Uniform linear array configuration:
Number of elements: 12
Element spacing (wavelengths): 0.75
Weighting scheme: hann
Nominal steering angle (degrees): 15
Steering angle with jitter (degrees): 14.699
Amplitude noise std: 0.05
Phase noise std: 0.05

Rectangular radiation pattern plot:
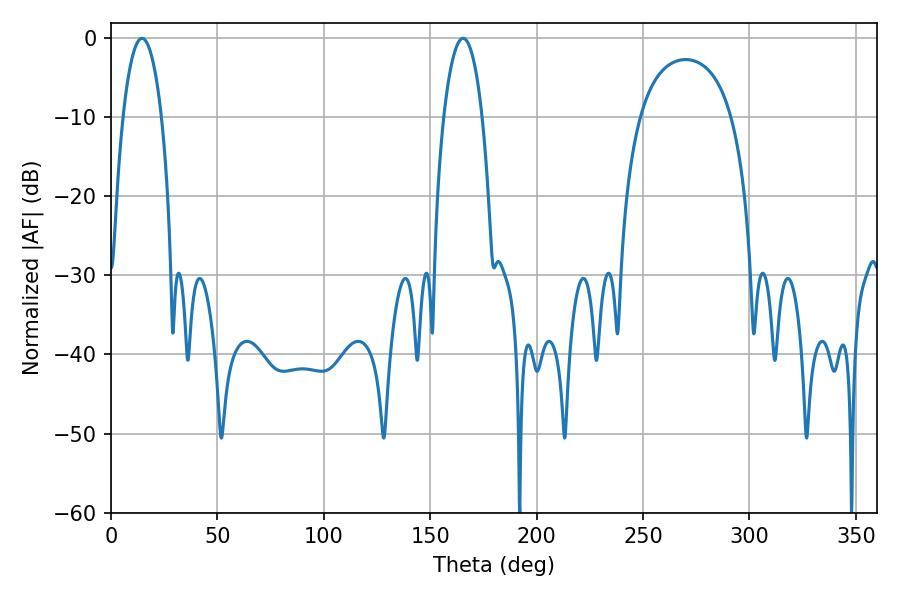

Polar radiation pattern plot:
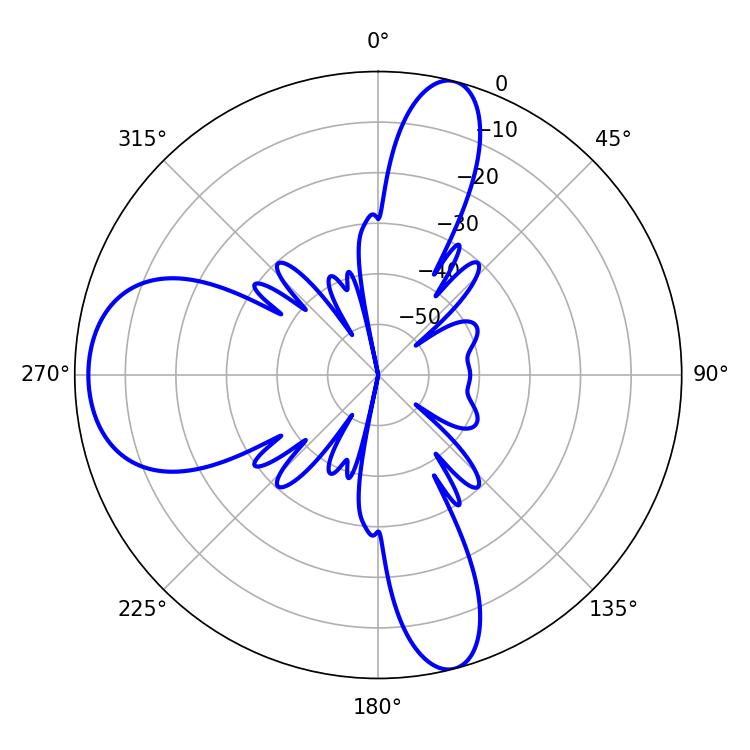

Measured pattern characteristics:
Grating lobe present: TRUE
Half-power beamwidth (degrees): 10.08
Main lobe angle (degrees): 14.58